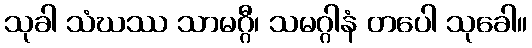
သုခါ သံဃဿ သာမဂ္ဂီ၊ သမဂ္ဂါနံ တပေါ သုခေါ။